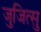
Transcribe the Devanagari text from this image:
जुजित्सु